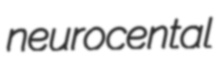
neurocental